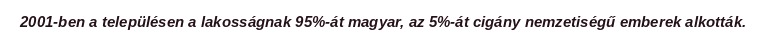
2001-ben a településen a lakosságnak 95%-át magyar, az 5%-át cigány nemzetiségű emberek alkották.